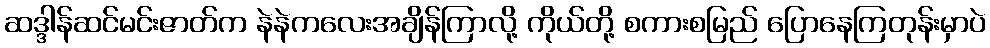
ဆဒ္ဒါန်ဆင်မင်းဇာတ်က နဲနဲကလေးအချိန်ကြာလို့ ကိုယ်တို့ စကားစမြည် ပြောနေကြတုန်းမှာပဲ